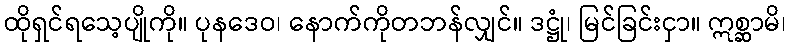
ထိုရှင်ရသေ့ပျိုကို။ ပုနဒေဝ၊ နောက်ကိုတဘန်လျှင်။ ဒဋ္ဌုံ၊ မြင်ခြင်းငှာ။ ဣစ္ဆာမိ၊